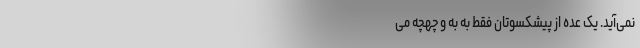
نمی‌آید. یک عده از پیشکسوتان فقط به به و چهچه می‌‌‌‌‌‌‌‌‌‌‌‌‌‌‌‌‌